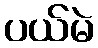
ပယ်မဲ